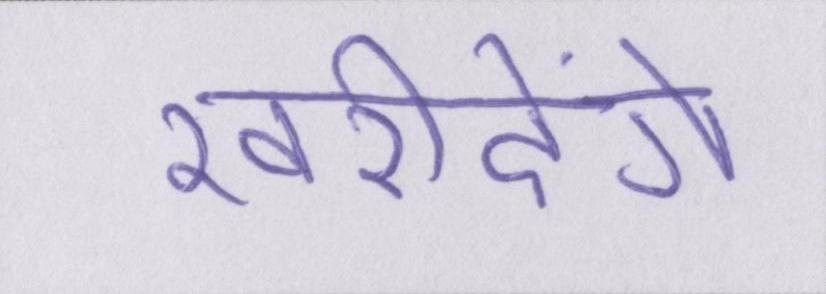
खरीदेंगे